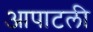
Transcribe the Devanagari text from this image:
आपाटली